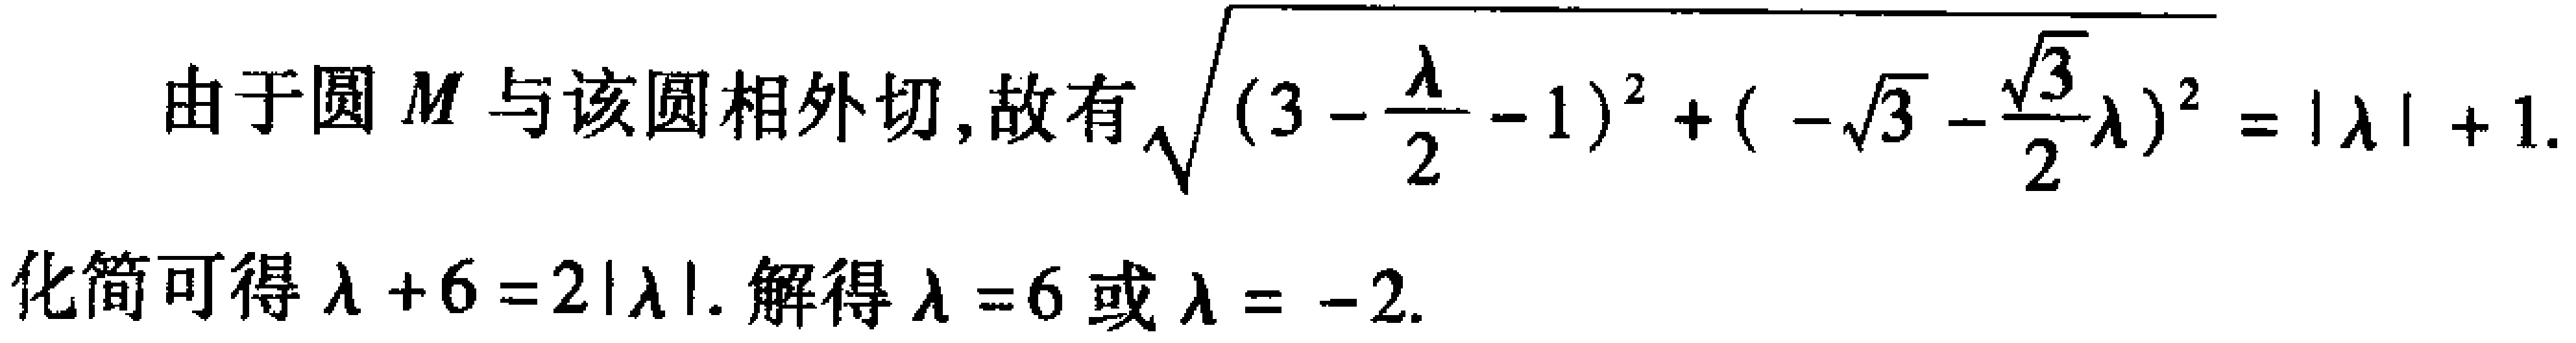
由于圆 \(M\) 与该圆相外切, 故有\(\sqrt{(3 - \frac{\lambda}{2} - 1)^2 + (-\sqrt{3} - \frac{\sqrt{3}}{2}\lambda)^2} = |\lambda| + 1\).
化简可得 \(\lambda + 6 = 2|\lambda|\). 解得 \(\lambda = 6\) 或 \(\lambda = -2\).